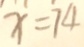
x = 7 4